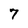
Character: 7